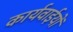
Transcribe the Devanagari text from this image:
कार्यवाईयों